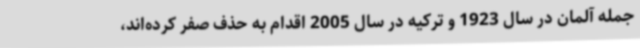
جمله آلمان در سال 1923 و ترکیه در سال 2005 اقدام به حذف صفر کرده‌اند،